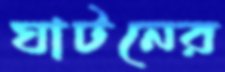
ঘাটনের